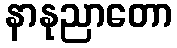
နာနုညာတော